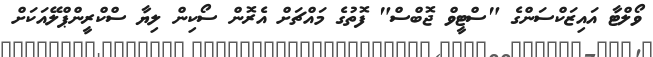
ވޯލްޓާ އައިޒަކްސަންގެ "ސްޓީވް ޖޮބްސް" ފޮތުގެ މައްޗަށް އެރޮން ސޯކިން ލިޔާ ސްކްރީންޕްލޭއަކަށް